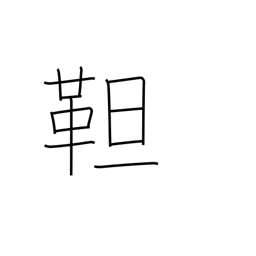
Meaning: tanned leather